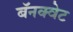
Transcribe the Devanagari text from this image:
बॅनक्वेट